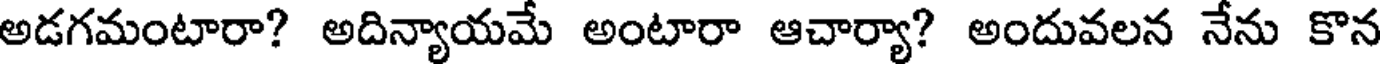
అడగమంటారా? అదిన్యాయమే అంటారా ఆచార్యా? అందువలన నేను కొన